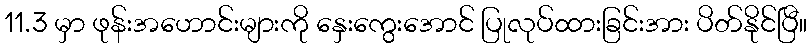
11.3 မှာ ဖုန်းအဟောင်းများကို နှေးကွေးအောင် ပြုလုပ်ထားခြင်းအား ပိတ်နိုင်ပြီ။